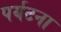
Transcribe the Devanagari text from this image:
पर्यटना